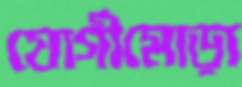
যোগীমোড়া